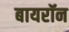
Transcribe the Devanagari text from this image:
बायरॉन